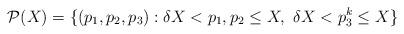
LaTeX: \begin{align*}\mathcal{P}(X)=\{(p_1,p_2,p_3): \delta X<p_1,p_{2} \le X,\ \delta X<p_3^k \le X\}\end{align*}